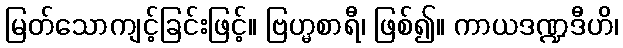
မြတ်သောကျင့်ခြင်းဖြင့်။ ဗြဟ္မစာရီ၊ ဖြစ်၍။ ကာယဒဏ္ဍဒီဟိ၊